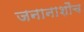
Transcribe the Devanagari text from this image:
जनानाशौच